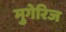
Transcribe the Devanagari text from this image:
मुगेरिज